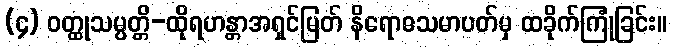
(၄) ဝတ္ထုသမ္ပတ္တိ-ထိုရဟန္တာအရှင်မြတ် နိရောဓသမာပတ်မှ ထခိုက်ကြုံခြင်း။